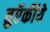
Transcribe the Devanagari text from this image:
तुऍर्कीये